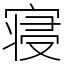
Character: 寝